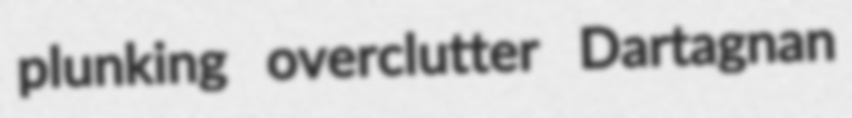
plunking overclutter Dartagnan